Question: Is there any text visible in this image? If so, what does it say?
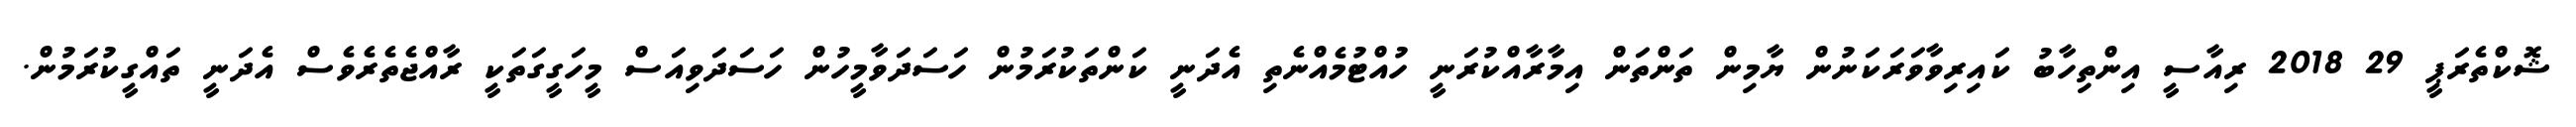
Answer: ޝޮކްތެރަޕީ 29 2018 ރިއާސީ އިންތިހާބު ކައިރިވާވަރަކަނުން ޔާމިން ތަންތަން އިމާރާއްކުރަނީ ހުއްޓުމެއްނެތި އެދަނީ ކަންތަކުރަމުން ހަސަދަވާމީހުން ހަސަދަވިއަސް މީހަގީގަތަކީ ރާއްޖެތެރެވެސް އެދަނީ ތައްގީކުރަމުން.